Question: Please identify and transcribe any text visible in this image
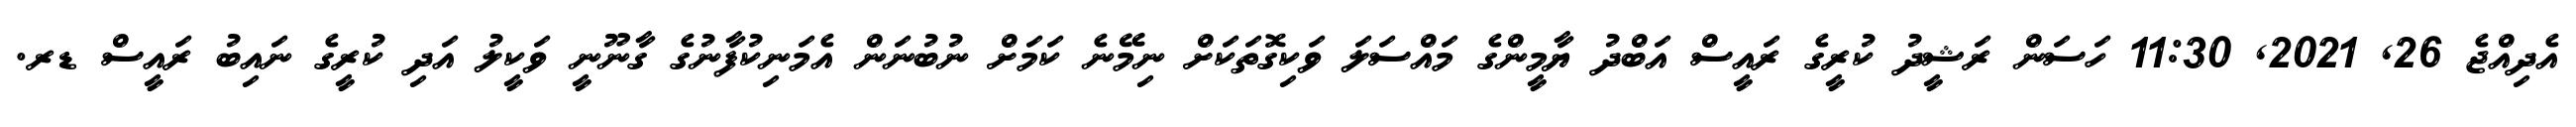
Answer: އެދިއްޖެ 26, 2021, 11:30 ހަސަން ރަޝީދު ކުރީގެ ރައީސް އަބްދު ޔާމީންގެ މައްސަލަ ވަކިގޮތަކަށް ނިމޭނެ ކަމަށް ނުބުނަން އެމަނިކުފާނުގެ ގާނޫނީ ވަކީލު އަދި ކުރީގެ ނައިބު ރައީސް ޑރ.